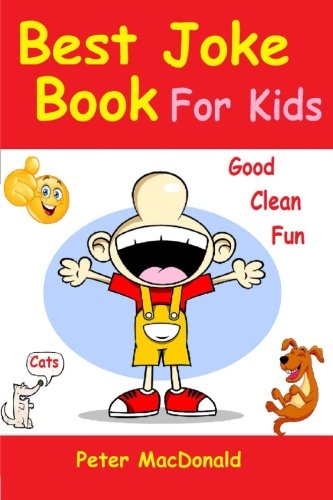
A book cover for Best Joke Book for Kids: Best Funny Jokes and Knock Knock Jokes( 200+ Jokes); Peter MacDonald; Humor & Entertainment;